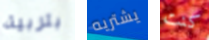
بتربية يشتريه كنت